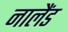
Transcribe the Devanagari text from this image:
नालैंड